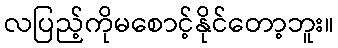
လပြည့်ကိုမစောင့်နိုင်တော့ဘူး။